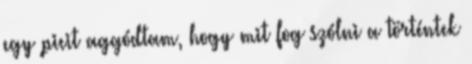
egy picit aggódtam, hogy mit fog szólni a történtek